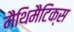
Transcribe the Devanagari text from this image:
मैथिमैटिक्स